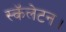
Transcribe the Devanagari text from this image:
स्कॅलेटन।